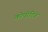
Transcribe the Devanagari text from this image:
कोपरेटिव